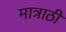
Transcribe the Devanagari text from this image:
मात्राठी